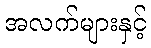
အလက်များနှင့်